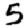
Digit: 5